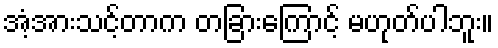
အံ့အားသင့်တာက တခြားကြောင့် မဟုတ်ပါဘူး။